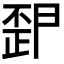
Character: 𭭪